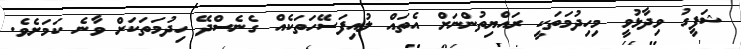
ޝަފީގު ވިދާޅުވީ މިހިދުމަތަކީ ރައްޔިތުންނަށް އެތައް ލުއިފަސޭހަތަކެއް ގެނެސްދޭ ހިދުމަތަކަށް ވާނެ ކަމަށެވެ.